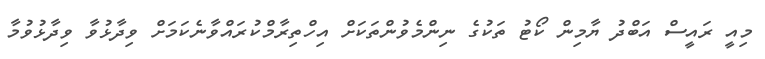
މިއީ ރައީސް އަބްދު ޔާމިން ކޯޓު ތަކުގެ ނިންމެވުންތަކަށް އިހްތިރާމްކުރައްވާނެކަމަށް ވިދާޅުވާ ވިދާޅުވުމާ